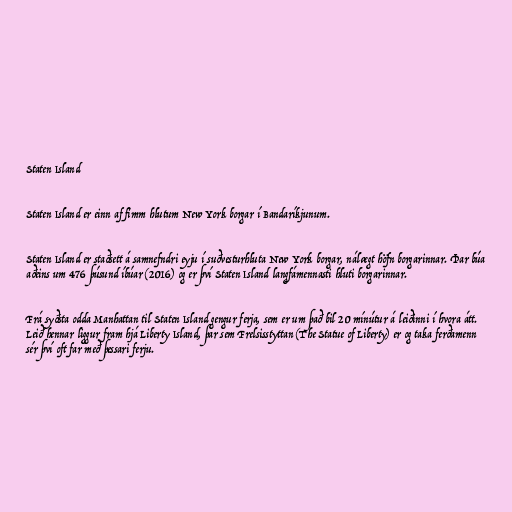
Staten Island

Staten Island er einn af fimm hlutum New York borgar í Bandaríkjunum.

Staten Island er staðsett á samnefndri eyju í suðvesturhluta New York borgar, nálægt höfn borgarinnar. Þar búa
aðeins um 476 þúsund íbúar (2016) og er því Staten Island langfámennasti hluti borgarinnar.

Frá syðsta odda Manhattan til Staten Island gengur ferja, sem er um það bil 20 mínútur á leiðinni í hvora átt.
Leið hennar liggur fram hjá Liberty Island, þar sem Frelsisstyttan (The Statue of Liberty) er og taka ferðamenn
sér því oft far með þessari ferju.